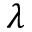
\lambda